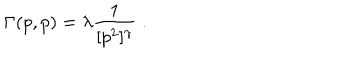
\Gamma ( p , p ) = \lambda \frac { 1 } { [ p ^ { 2 } ] ^ { \gamma } } \; .